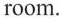
room.